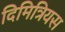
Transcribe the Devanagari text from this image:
दिमित्रियस